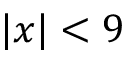
| x | < 9